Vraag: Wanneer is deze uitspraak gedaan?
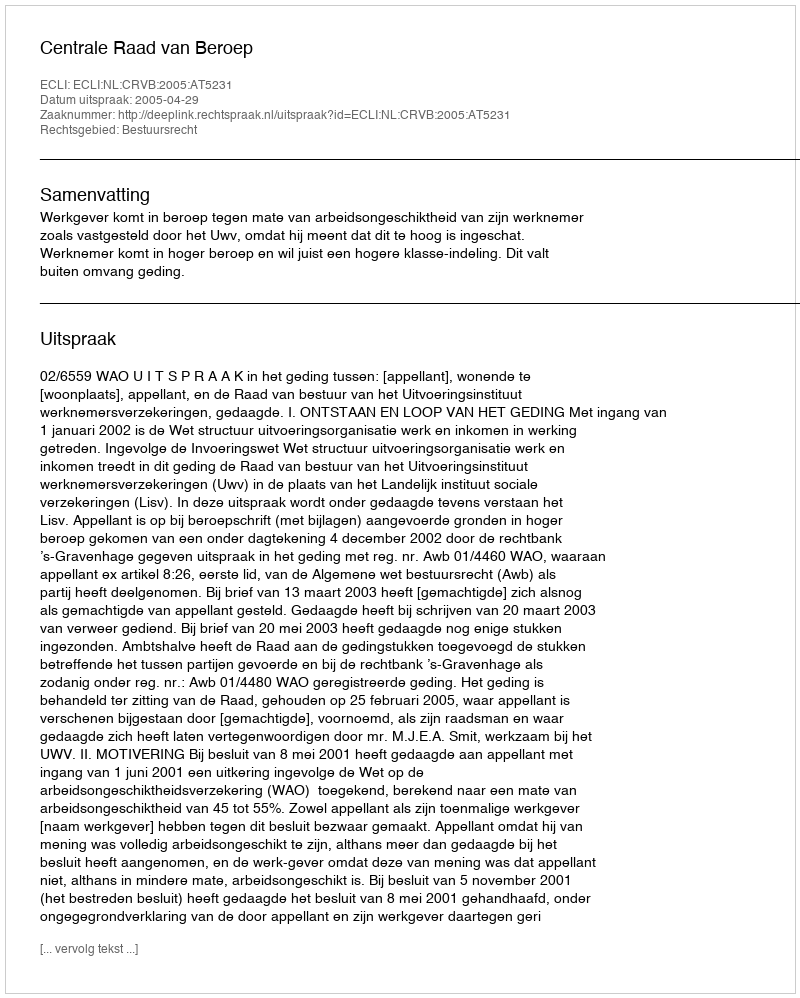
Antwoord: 2005-04-29